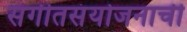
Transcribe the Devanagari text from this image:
संगीतसंयोजनाची